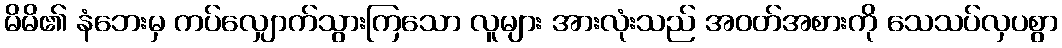
မိမိ၏ နံဘေးမှ ကပ်လျှောက်သွားကြသော လူများ အားလုံးသည် အဝတ်အစားကို သေသပ်လှပစွာ